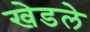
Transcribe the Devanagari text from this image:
खेडले